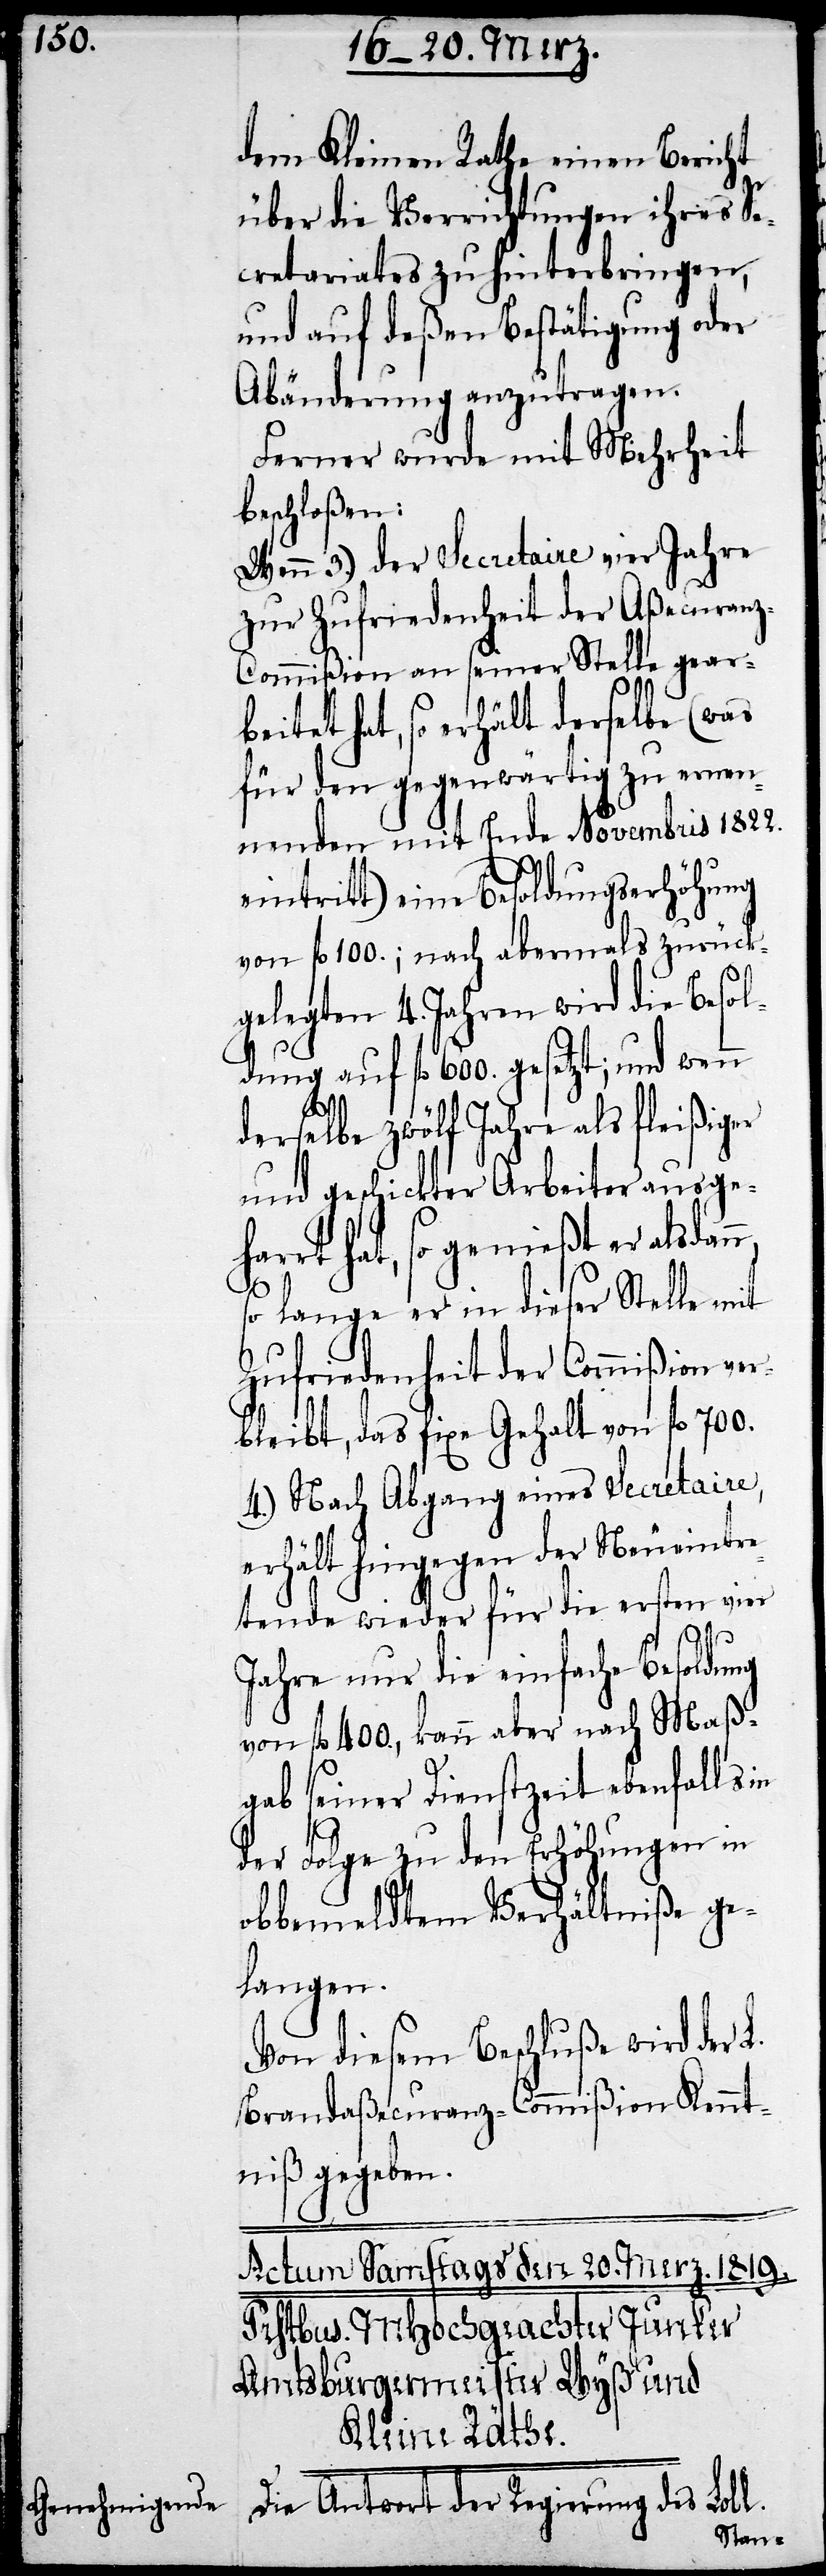
dem Kleinen Rathe einen Bericht
über die Verrichtungen ihres Se¬
cretariates zu hinterbringen,
und auf deßen Bestätigung oder
Abänderung anzutragen.
Ferner wurde mit Mehrheit
beschloßen:
Wenn 3.) der Secretaire vier Jahre
zur Zufriedenheit der Aßecuran¬
z-Commißion an seiner Stelle gear¬
beitet hat, so erhält derselbe (was
für den gegenwärtig zu ernen¬
nenden mit Ende Novembris 1822.
eintritt) eine Besoldungserhöhung
von fl. 100.; nach abermals zurück¬
gelegten 4. Jahren wird die Besol¬
dung auf fl. 600. gesetzt; und wenn
derselbe zwölf Jahre als fleißiger
und geschickter Arbeiter ausgeh¬
arrt hat, so genießt er alsdan¬
o lange er in dieser Stelle mit
Zufriedenheit der Commißion ver¬
bleibt, das fixe Gehalt von fl. 700.
4.) Nach Abgang eines Secretaire
erhält hingegen der Neueintre¬
tende wieder für die ersten vier
n, s¬
Jahre nur die einfache Besoldung
von fl. 400., kann aber nach Maß¬
gab seiner Dienstzeit ebenfalls in
der Folge zu den Erhöhungen in
obbemeldtem Verhältniße ge¬
langen.
Von diesem Beschluße wird der
Brandaßecuranz-Commißion Kennt¬
niß gegeben.
Die Antwort der Regierung des Lobl.